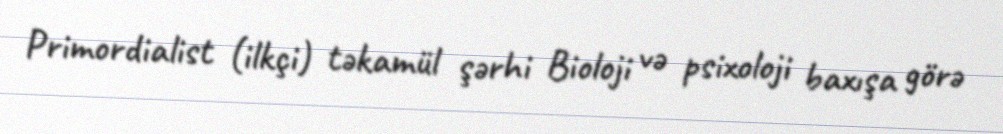
Primordialist (ilkçi) təkamül şərhi Bioloji və psixoloji baxışa görə